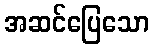
အဆင်ပြေသော